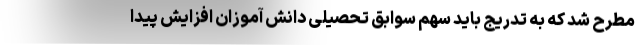
مطرح شد که به تدریج باید سهم سوابق تحصیلی دانش آموزان افزایش پیدا